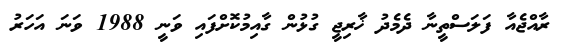
ރާއްޖެއާ ފަލަސްތީނާ ދެމެދު ޚާރިޖީ ގުޅުން ގާއިމުކޮށްފައި ވަނީ 1988 ވަނަ އަހަރު